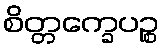
စိတ္တက္ခေပဉ္စ